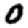
Digit: 0